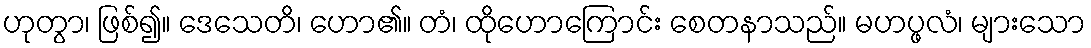
ဟုတွာ၊ ဖြစ်၍။ ဒေသေတိ၊ ဟော၏။ တံ၊ ထိုဟောကြောင်း စေတနာသည်။ မဟပ္ဖလံ၊ များသော